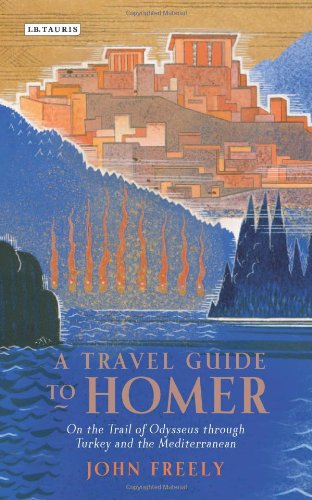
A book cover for A Travel Guide to Homer: On the Trail of Odysseus Through Turkey and the Mediterranean; John Freely; Travel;